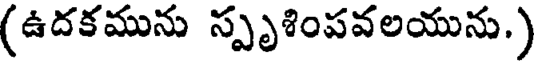
(ఉదకమును స్పృశింపవలయును.)